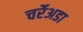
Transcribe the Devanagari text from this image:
चर्रेअडा